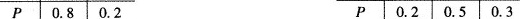
P 0.8 0.2 P 0.2 0.5 0.3